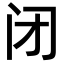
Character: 闭